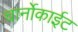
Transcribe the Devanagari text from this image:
चार्नोकाईट